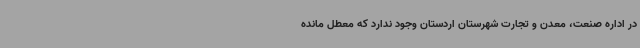
در اداره صنعت، معدن و تجارت شهرستان اردستان وجود ندارد که معطل مانده